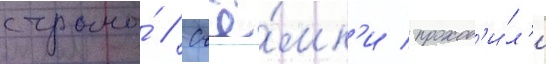
страны́ // Съё́мк'и проход'и́л'и